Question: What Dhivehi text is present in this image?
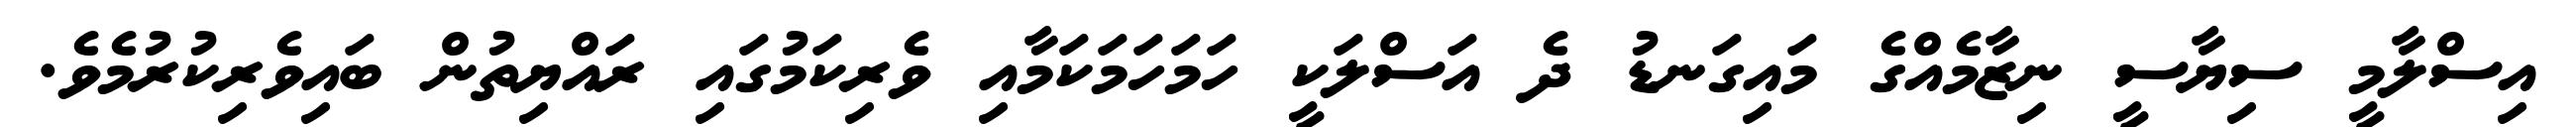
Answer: އިސްލާމީ ސިޔާސީ ނިޒާމެއްގެ މައިގަނޑު ދެ އަސްލަކީ ހަމަހަމަކަމާއި ވެރިކަމުގައި ރައްޔިތުން ބައިވެރިކުރުމެވެ.